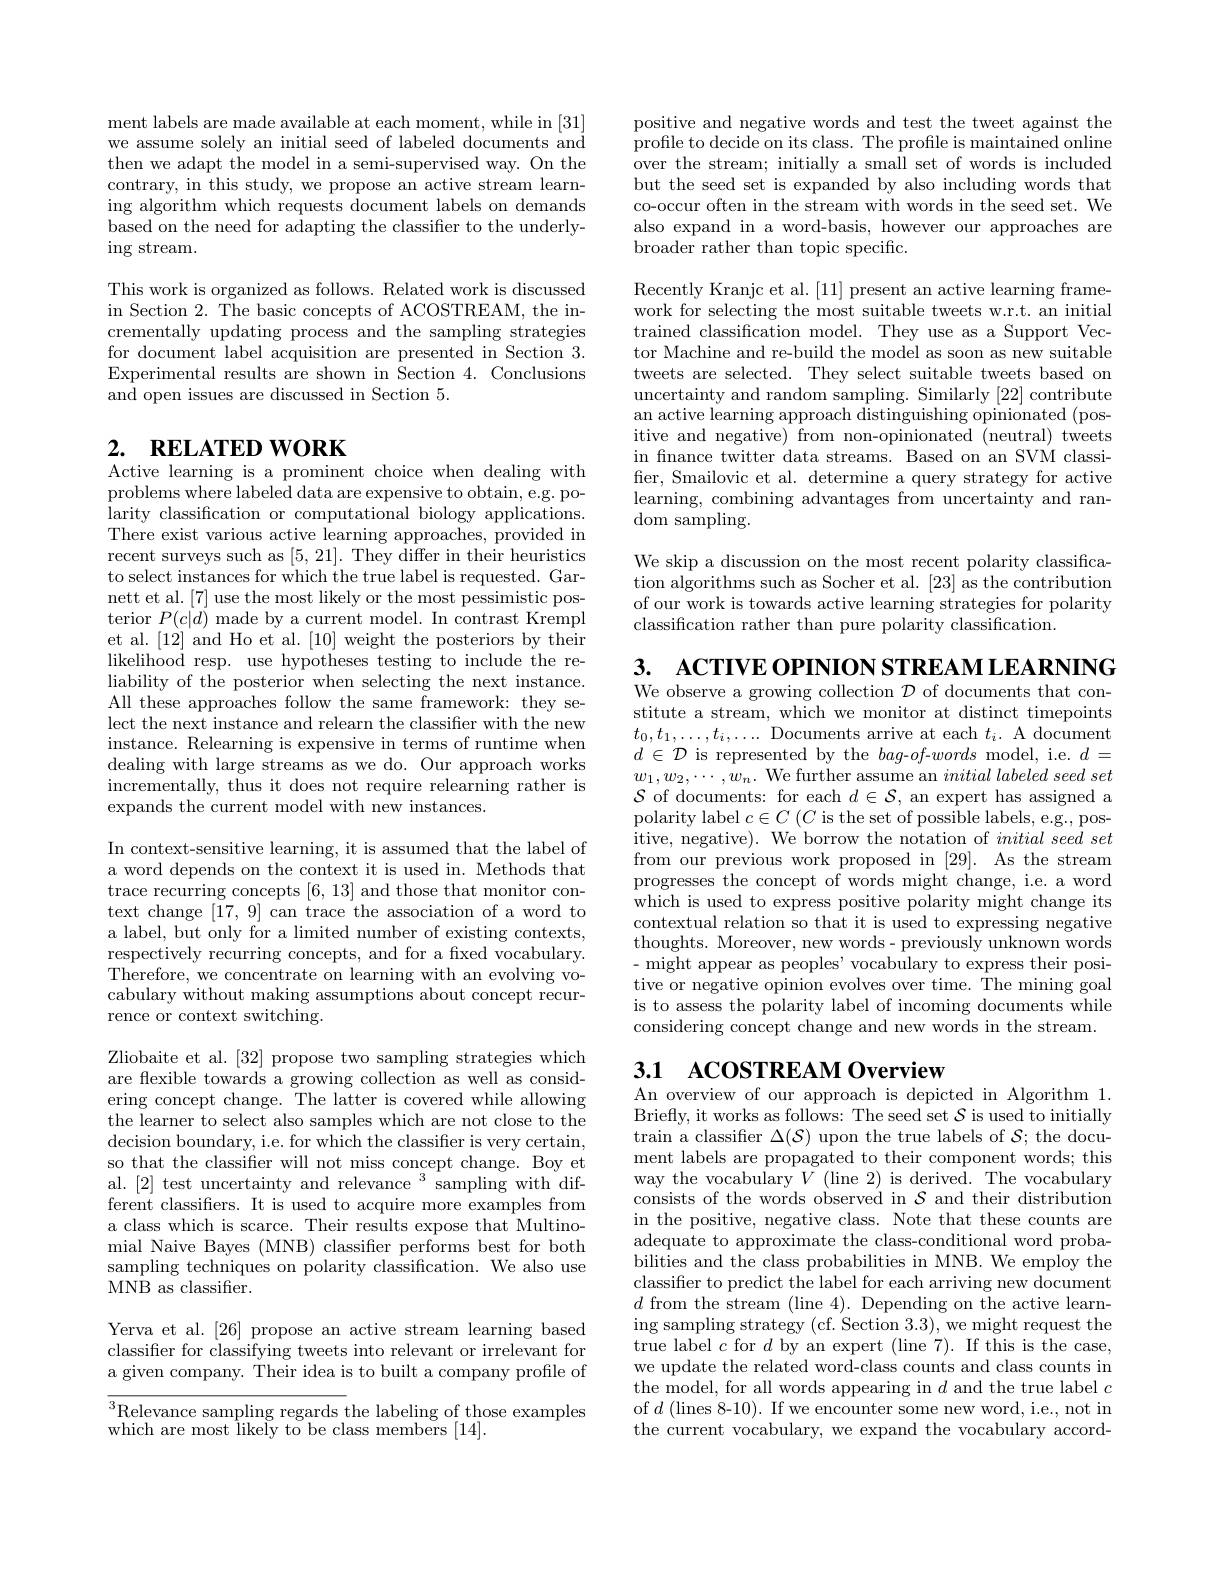
positive and negative words and test the tweet against the profile to decide on its class. The profile is maintained online over the stream; initially a small set of words is included but the seed set is expanded by also including words that co-occur often in the stream with words in the seed set. We also expand in a word-basis, however our approaches are broader rather than topic specific.

Recently Kranjc et al. [11] present an active learning framework for selecting the most suitable tweets w.r.t. an initial trained classification model. They use as a Support Vector Machine and re-build the model as soon as new suitable tweets are selected. They select suitable tweets based on uncertainty and random sampling. Similarly [22] contribute an active learning approach distinguishing opinionated (positive and negative) from non-opinionated (neutral) tweets in fnance twitter data streams. Based on an SVM classifer, Smailovic et al. determine a query strategy for active learning, combining advantages from uncertainty and random sampling.

We skip a discussion on the most recent polarity classification algorithms such as Socher et al. [23] as the contribution of our work is towards active learning strategies for polarity classification rather than pure polarity classification.

ment labels are made available at each moment, while in [31] we assume solely an initial seed of labeled documents and then we adapt the model in a semi-supervised way. On the contrary, in this study, we propose an active stream learning algorithm which requests document labels on demands based on the need for adapting the classifier to the underlying stream.

This work is organized as follows. Related work is discussed in Section 2. The basic concepts of ACOSTREAM, the incrementally updating process and the sampling strategies for document label acquisition are presented in Section 3. Experimental results are shown in Section 4. Conclusions and open issues are discussed in Section 5.

# 2. RELATED WORK Active learning is a prominent choice when dealing with

$\begin{array}{c}\mathrm{problems~where~labeled~data~are~expensive~to~obtain,~e.g.~po-}\\\mathrm{problems~where~labeled~data~are~expensive~to~obtain,~e.g.~po-}\end{array}$ larity classification or computational biology applications. There exist various active learning approaches, provided in recent surveys such as [5,21]. They differ in their heuristics to select instances for which the true label is requested. Garnett et al. [7] use the most likely or the most pessimistic posterior $P(c|d)$ made by a current model. In contrast Krempl et al. [12] and Ho et al. [10] weight the posteriors by their likelihood resp. use hypotheses testing to include the reliability of the posterior when selecting the next instance. All these approaches follow the same framework: they select the next instance and relearn the classifier with the new instance. Relearning is expensive in terms of runtime when dealing with large streams as we do. Our approach works incrementally, thus it does not require relearning rather is expands the current model with new instances.

In context-sensitive learning, it is assumed that the label of a word depends on the context it is used in. Methods that trace recurring concepts [6,13] and those that monitor context change [17,9] can trace the association of a word to a label, but only for a limited number of existing contexts, respectively recurring concepts, and for a fixed vocabulary. Therefore, we concentrate on learning with an evolving vocabulary without making assumptions about concept recurrence or context switching.

Zliobaite et al. [32] propose two sampling strategies which are flexible towards a growing collection as well as considering concept change. The latter is covered while allowing the learner to select also samples which are not close to the decision boundary, i.e. for which the classifier is very certain, so that the classifier will not miss concept change. Boy et al. [2] test uncertainty and relevance $^3$sampling with different classifers. It is used to acquire more examples from a class which is scarce. Their results expose that Multinomial Naive Bayes (MNB) classifer performs best for both sampling techniques on polarity classification. We also use MNB as classifier.

Yerva et al. [26] propose an active stream learning based classifier for classifying tweets into relevant or irrelevant for a given company. Their idea is to built a company profile of

$\overline{^3\text{Relevance sampling regards t}}$he labeling of those examples
which are most likely to be class members [14].

3. ACTIVE OPINION STREAM LEARNING We observe a growing collection $\mathcal{D}$ of documents that constitute a stream, which we monitor at distinct timepoints $t_0,t_1,\ldots,t_i,\ldots$ Documents arrive at each $t_i.$ A document $d\in\mathcal{D}$ is represented by the $bag-of$-words model, i.e. $d=$ $w_{1},w_{2},\cdots,w_{n}.$ We further assume an $initial\textit{labeled seed set}$ $\mathcal{S}$ of documents: for each $d\in\mathcal{S}$, an expert has assigned a polarity label $c\in C\left(C\text{ is the set of possible labels, e.g., pos-}\right)$ itive, negative). We borrow the notation of $initial\textit{ seed set}$ from our previous work proposed in [29]. As the stream progresses the concept of words might change, i.e. a word which is used to express positive polarity might change its contextual relation so that it is used to expressing negative thoughts. Moreover, new words- previously unknown words - might appear as peoples' vocabulary to express their positive or negative opinion evolves over time. The mining goal is to assess the polarity label of incoming documents while considering concept change and new words in the stream.

# 3.1 ACOSTREAM Overview

An overview of our approach is depicted in Algorithm 1. Briefly, it works as follows: The seed set $\mathcal{S}$ is used to initially train a classifer $\Delta(\mathcal{S})$ upon the true labels of $\mathcal{S};$ the document labels are propagated to their component words; this way the vocabulary $V$ (line 2) is derived. The vocabulary consists of the words observed in $\mathcal{S}$ and their distribution in the positive, negative class. Note that these counts are adequate to approximate the class-conditional word probabilities and the class probabilities in MNB. We employ the classifier to predict the label for each arriving new document $d$ from the stream (line 4). Depending on the active learning sampling strategy (cf. Section 3.3), we might request the true label $c$ for $d$ by an expert (line 7). If this is the case, we update the related word-class counts and class counts in the model, for all words appearing in $d$ and the true label $c$ of $d$ (lines 8-10). If we encounter some new word, i.e., not in the current vocabulary, we expand the vocabulary accord-